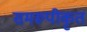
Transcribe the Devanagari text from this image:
समरूपीकृत